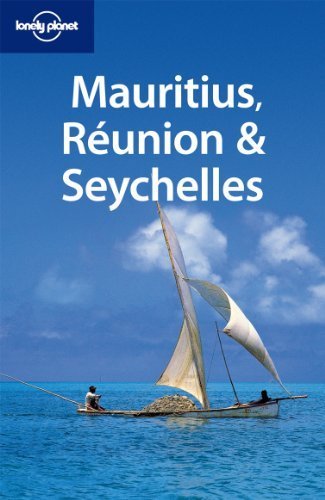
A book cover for Lonely Planet Mauritius, Reunion & Seychelles (Travel Guide) by Lonely Planet, Carillet, Presser (2010) Paperback; Travel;